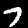
Digit: 7